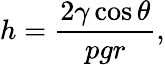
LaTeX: h=\frac{2\gamma\cos{\theta}}{pgr},